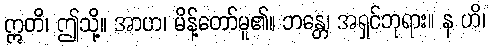
ဣတိ၊ ဤသို့။ အာဟ၊ မိန့်တော်မူ၏။ ဘန္တေ၊ အရှင်ဘုရား။ န ဟိ၊